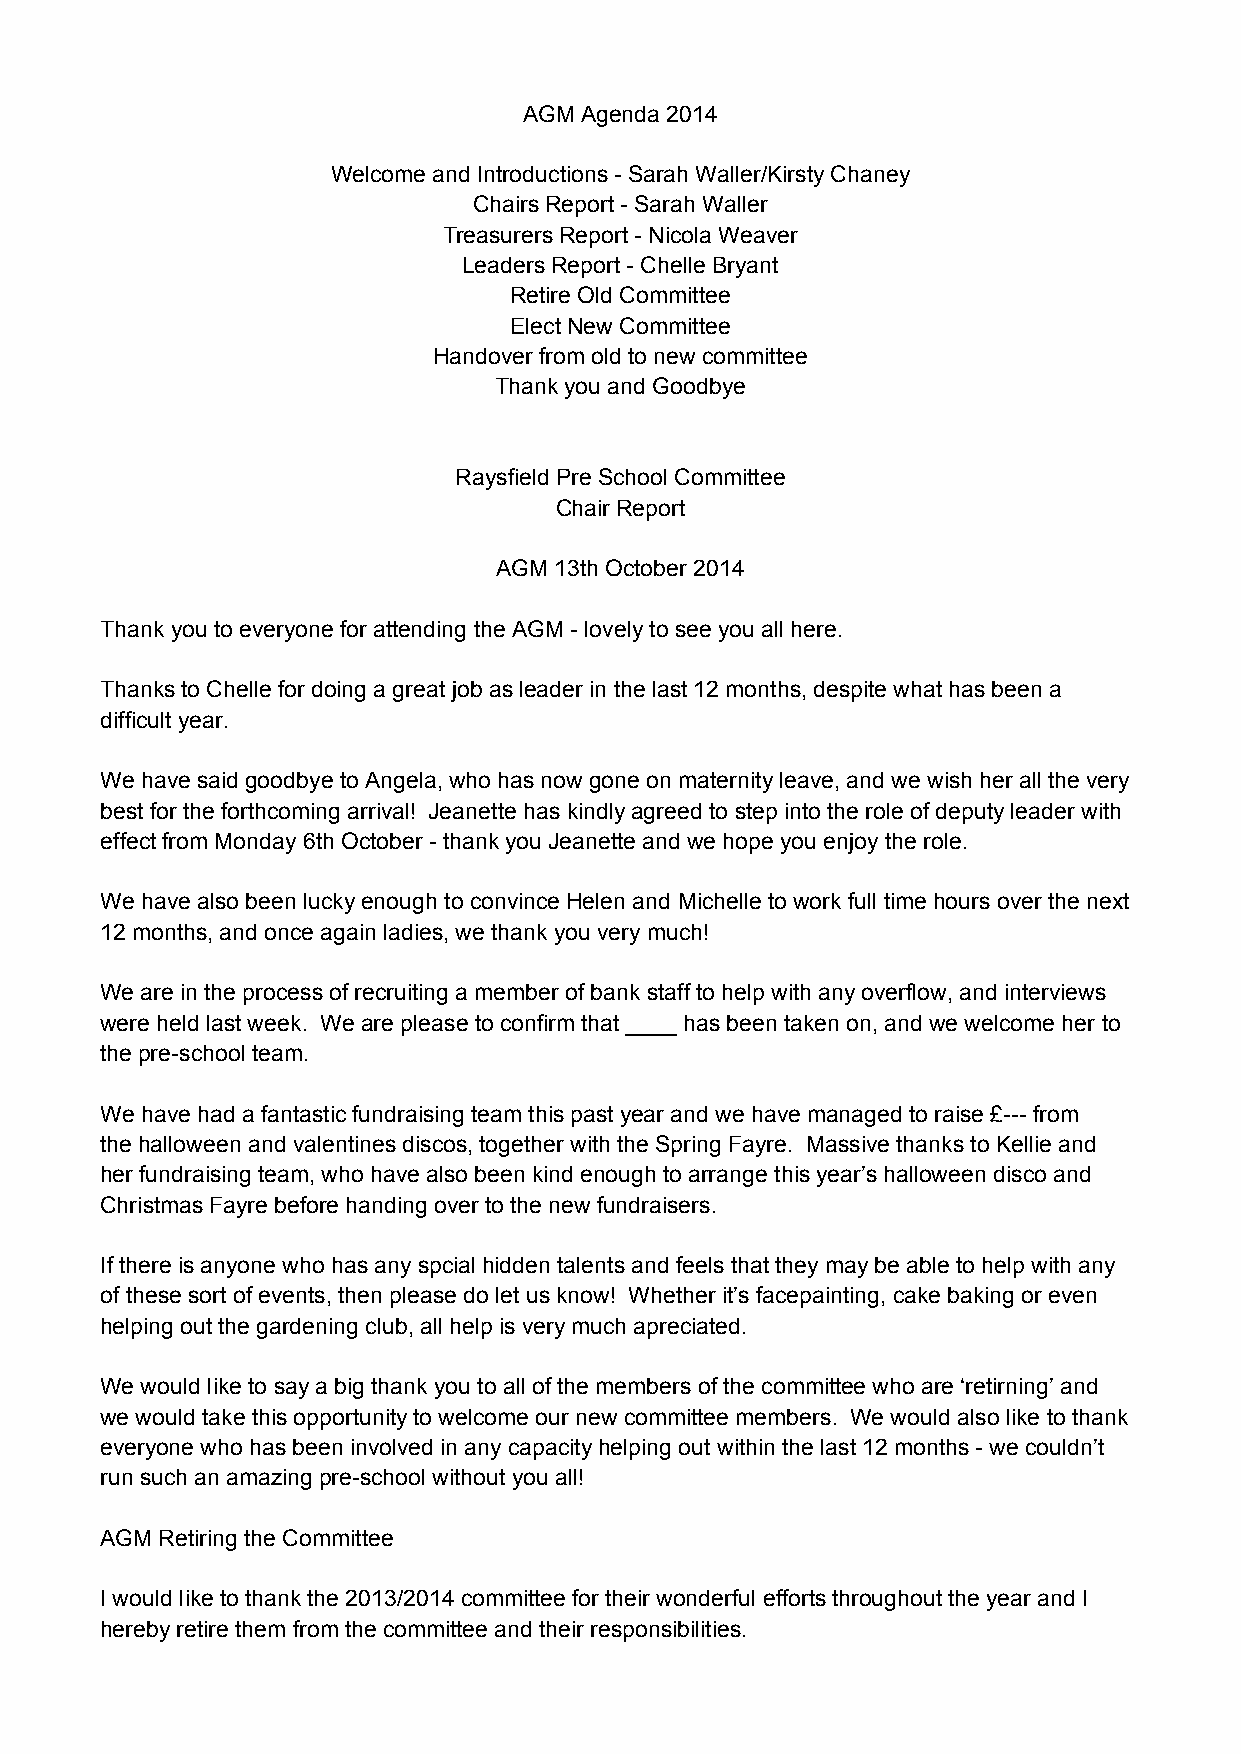
AGM Agenda 2014
 Welcome and Introductions - Sarah Waller/Kirsty Chaney
 Chairs Report - Sarah Waller
 Treasurers Report - Nicola Weaver
 Leaders Report - Chelle Bryant
 Retire Old Committee
 Elect New Committee
 Handover from old to new committee
 Thank you and Goodbye
 Raysfield Pre School Committee
 Chair Report
 AGM 13th October 2014
 Thank you to everyone for attending the AGM - lovely to see you all here.
 Thanks to Chelle for doing a great job as leader in the last 12 months, despite what has been a
 difficult year.
 We have said goodbye to Angela, who has now gone on maternity leave, and we wish her all the very
 best for the forthcoming arrival! Jeanette has kindly agreed to step into the role of deputy leader with
 effect from Monday 6th October - thank you Jeanette and we hope you enjoy the role.
 We have also been lucky enough to convince Helen and Michelle to work full time hours over the next
 12 months, and once again ladies, we thank you very much!
 We are in the process of recruiting a member of bank staff to help with any overflow, and interviews
 were held last week. We are please to confirm that ____ has been taken on, and we welcome her to
 the pre-school team.
 We have had a fantastic fundraising team this past year and we have managed to raise £--- from
 the halloween and valentines discos, together with the Spring Fayre. Massive thanks to Kellie and
 her fundraising team, who have also been kind enough to arrange this year’s halloween disco and
 Christmas Fayre before handing over to the new fundraisers.
 If there is anyone who has any spcial hidden talents and feels that they may be able to help with any
 of these sort of events, then please do let us know! Whether it’s facepainting, cake baking or even
 helping out the gardening club, all help is very much apreciated.
 We would like to say a big thank you to all of the members of the committee who are ‘retirning’ and
 we would take this opportunity to welcome our new committee members. We would also like to thank
 everyone who has been involved in any capacity helping out within the last 12 months - we couldn’t
 run such an amazing pre-school without you all!
 AGM Retiring the Committee
 I would like to thank the 2013/2014 committee for their wonderful efforts throughout the year and I
 hereby retire them from the committee and their responsibilities.